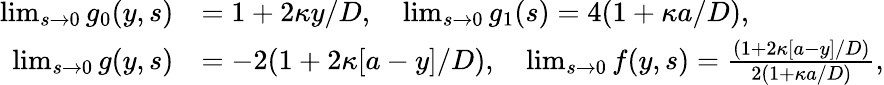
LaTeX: \begin{array}{rl}{\operatorname*{lim}_{s\rightarrow 0}g_{0}(y,s)}&{=1+2\kappa y/D,\quad\operatorname*{lim}_{s\rightarrow 0}g_{1}(s)=4(1+\kappa a/D),}\\ {\operatorname*{lim}_{s\rightarrow 0}g(y,s)}&{=-2(1+2\kappa[a-y]/D),\quad\operatorname*{lim}_{s\rightarrow 0}f(y,s)=\frac{(1+2\kappa[a-y]/D)}{2(1+\kappa a/D)},}\end{array}